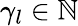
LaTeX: \gamma_{l}\in\mathbb{N}